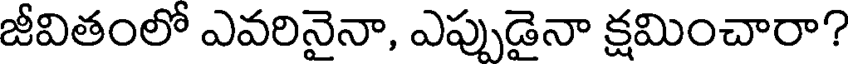
జీవితంలో ఎవరినైనా, ఎప్పుడైనా క్షమించారా?